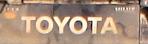
toyota